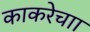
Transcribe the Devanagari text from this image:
काकरेचाा